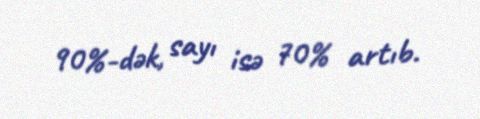
90%-dək, sayı isə 70% artıb.